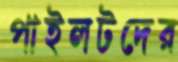
পাইলটদের